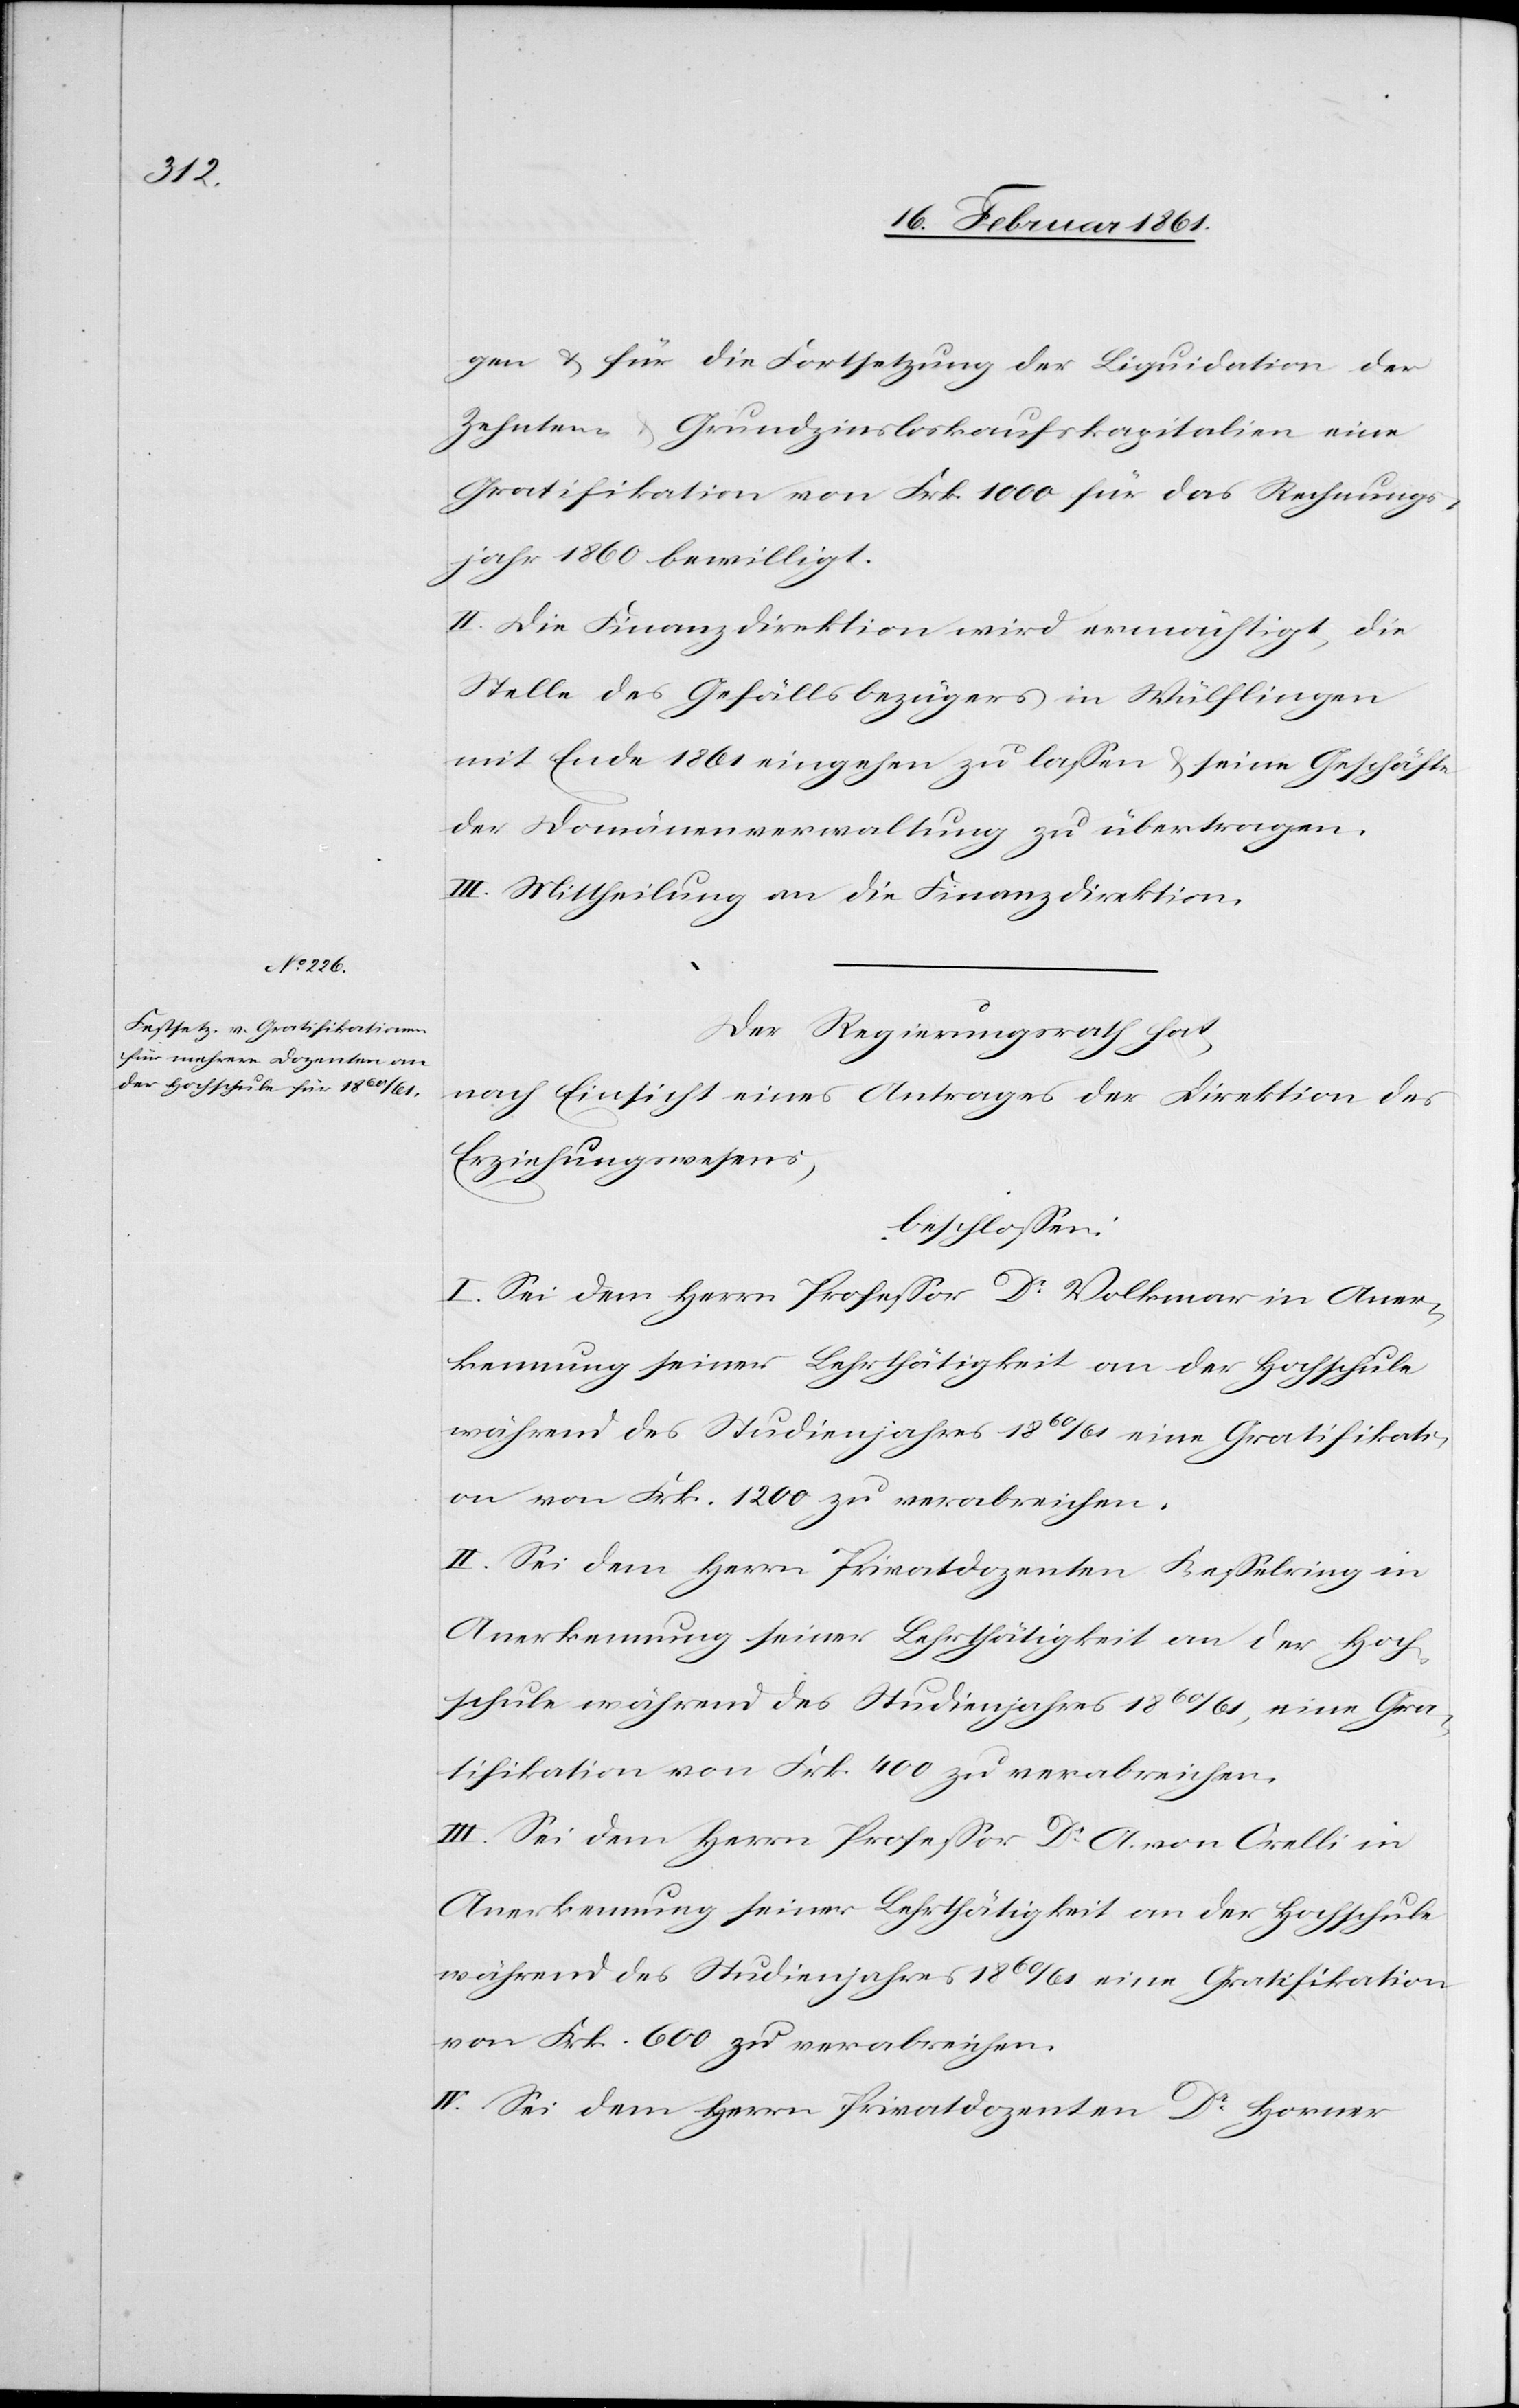
gen u. für die Fortsetzung der Liquidation der
Zehnten- u. Grundzinsloskaufskapitalien eine
Gratifikation von Frk. 1000 für das Rechnungs¬
jahr 1860 bewilligt.
II. Die Finanzdirektion wird ermächtigt, die
Stelle des Gefällsbezügers in Wülflingen
mit Ende 1861 eingehen zu lassen u. seine Geschäfte
der Domänenverwaltung zu übertragen.
III. Mittheilung an die Finanzdirektion.
Der Regierungsrath hat,
nach Einsicht eines Antrages der Direktion des
Erziehungswesens,
beschlossen:
I. Sei dem Herrn Professor Dr. Volkmar in Aner¬
kennung seiner Lehrtätigkeit an der Hochschule
während des Studienjahres 1860/61 eine Gratifikati¬
on von Frk. 1200 zu verabreichen.
II. Sei dem Herrn Privatdozenten Kesselring in
Anerkennung seiner Lehrthätigkeit an der Hoch¬
schule während des Studienjahres 1860/61, eine Gra¬
tifikation von Frk. 400 zu verabreichen.
III. Sei dem Herrn Professor Dr. A. von Orelli in
Anerkennung seiner Lehrthätigkeit an der Hochschule
während des Studienjahres 1860/61 eine Gratifikation
von Frk. 600 zu verabreichen.
IV. Sei dem Herrn Privatdozenten Dr. Horner